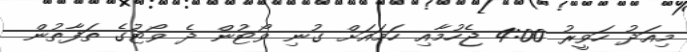
މިއަދު ހަވީރު 4:00 ޖެހުމާއި ހަަމައަށް ގުނި ވޯޓުން ދެ ވޯޓުގެ ތަފާތުން